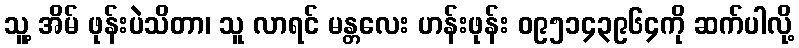
သူ့ အိမ် ဖုန်းပဲသိတာ၊ သူ လာရင် မန္တလေး ဟန်းဖုန်း ၀၉၅၁၄၃၉၆၄ကို ဆက်ပါလို့